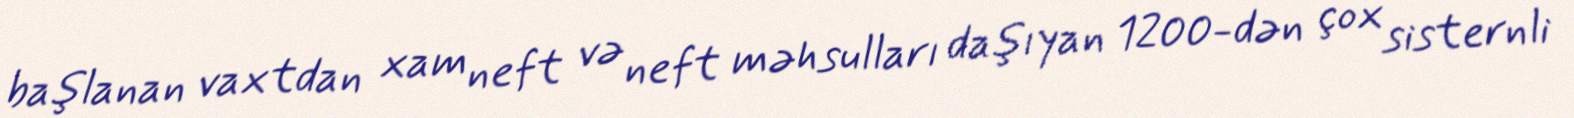
başlanan vaxtdan xam neft və neft məhsulları daşıyan 1200-dən çox sisternli